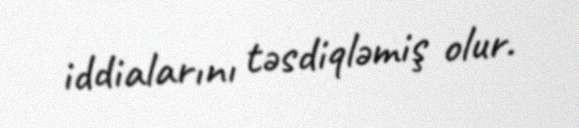
iddialarını təsdiqləmiş olur.